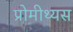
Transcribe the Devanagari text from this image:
प्रोमीथ्यस